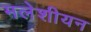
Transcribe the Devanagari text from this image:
मलेशीयन